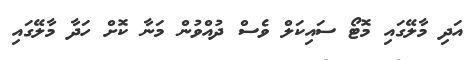
އަދި މާލޭގައި މޮޓޯ ސައިކަލް ވެސް ދުއްވުން މަނާ ކޮށް ހަދާ މާލޭގައި